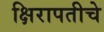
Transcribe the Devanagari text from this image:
क्षिरापतीचे